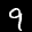
Label: 9